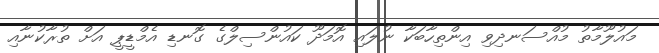
މައުލޫމާތު މުއްސަނދިވި އިންތިހާބަކާ ނުލައި އޮމަދޫ ކައުންސިލްގެ ގޮނޑި އެމްޑީޕީ އަށް ތުރާކުނާއި